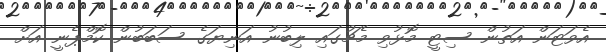
އެވަޓަން އަތުން ސިޓީ މޮޅުވި މެޗުގައި ލިބުނު އަނިޔަގެ ސަބަބުން ކޮމްޕެނީ އަށް